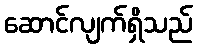
ဆောင်လျက်ရှိသည်